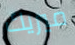
ميريك